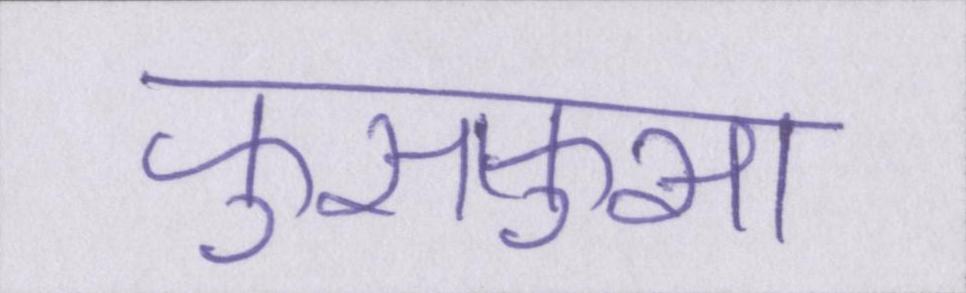
फुसफुसा